Plague in India, 1896, 1897 - Volume 2
Year: 1896
Disease focus: Plague
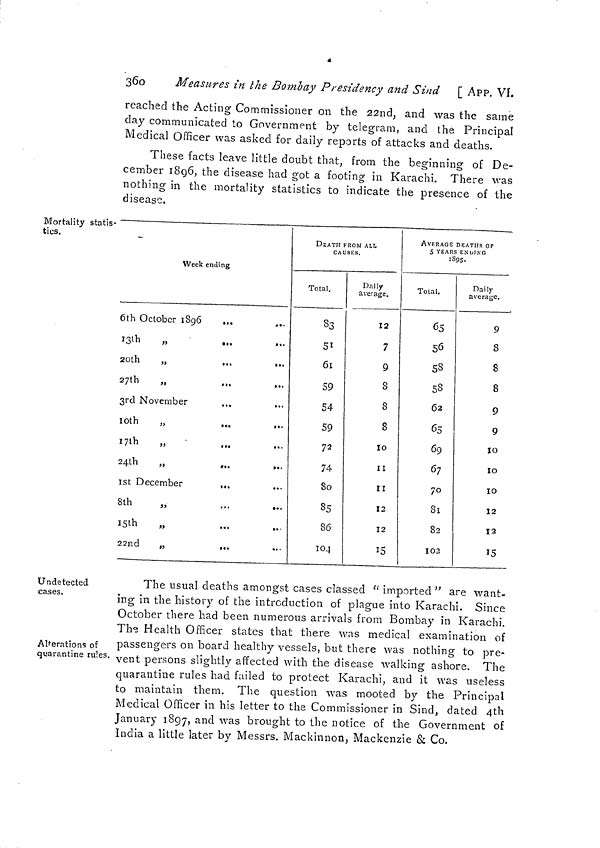
360
Measures in the Bombay Presidency and Sind [ APP. VI.
reached the Acting Commissioner on the 22nd, and was the same
day communicated to Government by telegram, and the Principal
Medical Officer was asked for daily reports of attacks and deaths.
These facts leave little doubt that, from the beginning of De-
cember 1896, the disease had got a footing in Karachi. There was
nothing in the mortality statistics to indicate the presence of the
disease.
Mortality statis-
tics.
-
Week ending
6th October 1896
13th
20th
„
,,.
...
27th
3rd November
...
...
10th
„
...
...
17th
24th
„
...
1st December
...
8th
15th
„
22nd
„
DEATH FROM ALL
CAUSES.
Total.
6l
59
54
59
72
74
85
86
104
average.
7
9
8
8
8
AVERAGE DEATHS OP
S YEARS
ENDING
1895.
Total,
65
56
58
58
62
65
69
67
82
Daily
average.
9
8
8
8
9
9
Undetected
cases.
Alterations of
quarantine rules.
The usual deaths amongst cases classed " imported " are want-
ing in the history of the introduction of plague into Karachi. Since
October there had been numerous arrivals from Bombay in Karachi.
The Health Officer states that there was medical examination of
passengers on board healthy vessels, but there was nothing to pre-
vent persons slightly affected with the disease walking ashore. The
quarantine rules had failed to protect Karachi, and it was useless
to maintain them. The question was mooted by the Principal
Medical Officer in his letter to the Commissioner in Sind, dated 4th
January 1897, and was brought to the notice of the Government of
India a little later by Messrs. Mackinnon, Mackenzie & Co.